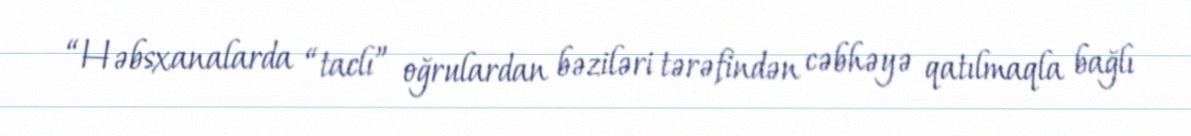
“Həbsxanalarda “taclı” oğrulardan bəziləri tərəfindən cəbhəyə qatılmaqla bağlı